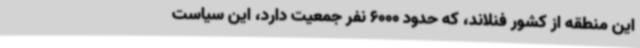
این منطقه از کشور فنلاند، که حدود 6000 نفر جمعیت دارد، این سیاست